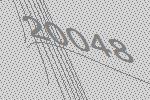
20048